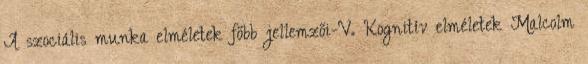
A szociális munka elméletek főbb jellemzői-V. Kognitív elméletek Malcolm